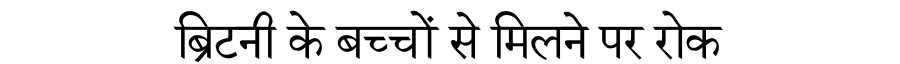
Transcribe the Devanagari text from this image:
ब्रिटनी के बच्चों से मिलने पर रोक